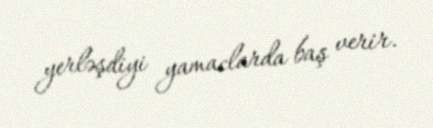
yerləşdiyi yamaclarda baş verir.